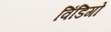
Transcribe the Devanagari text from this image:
विंडिगो